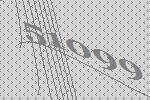
51099